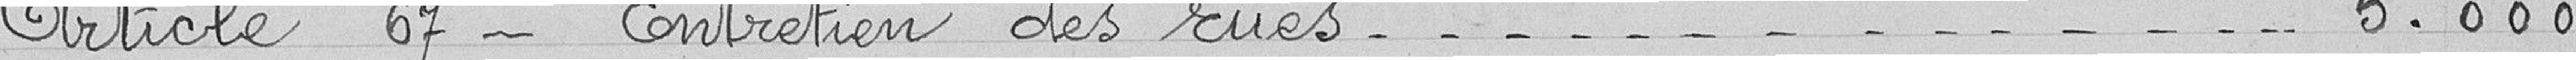
Article 67 - Entretien des rues 5.000